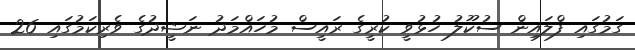
ގަމުގައި ފްލައިން ސުކޫލު ހުޅުވީ ކުރީގެ ރައީސް މުހައްމަދު ނަޝީދުގެ ވެރިކަމުގައި 26